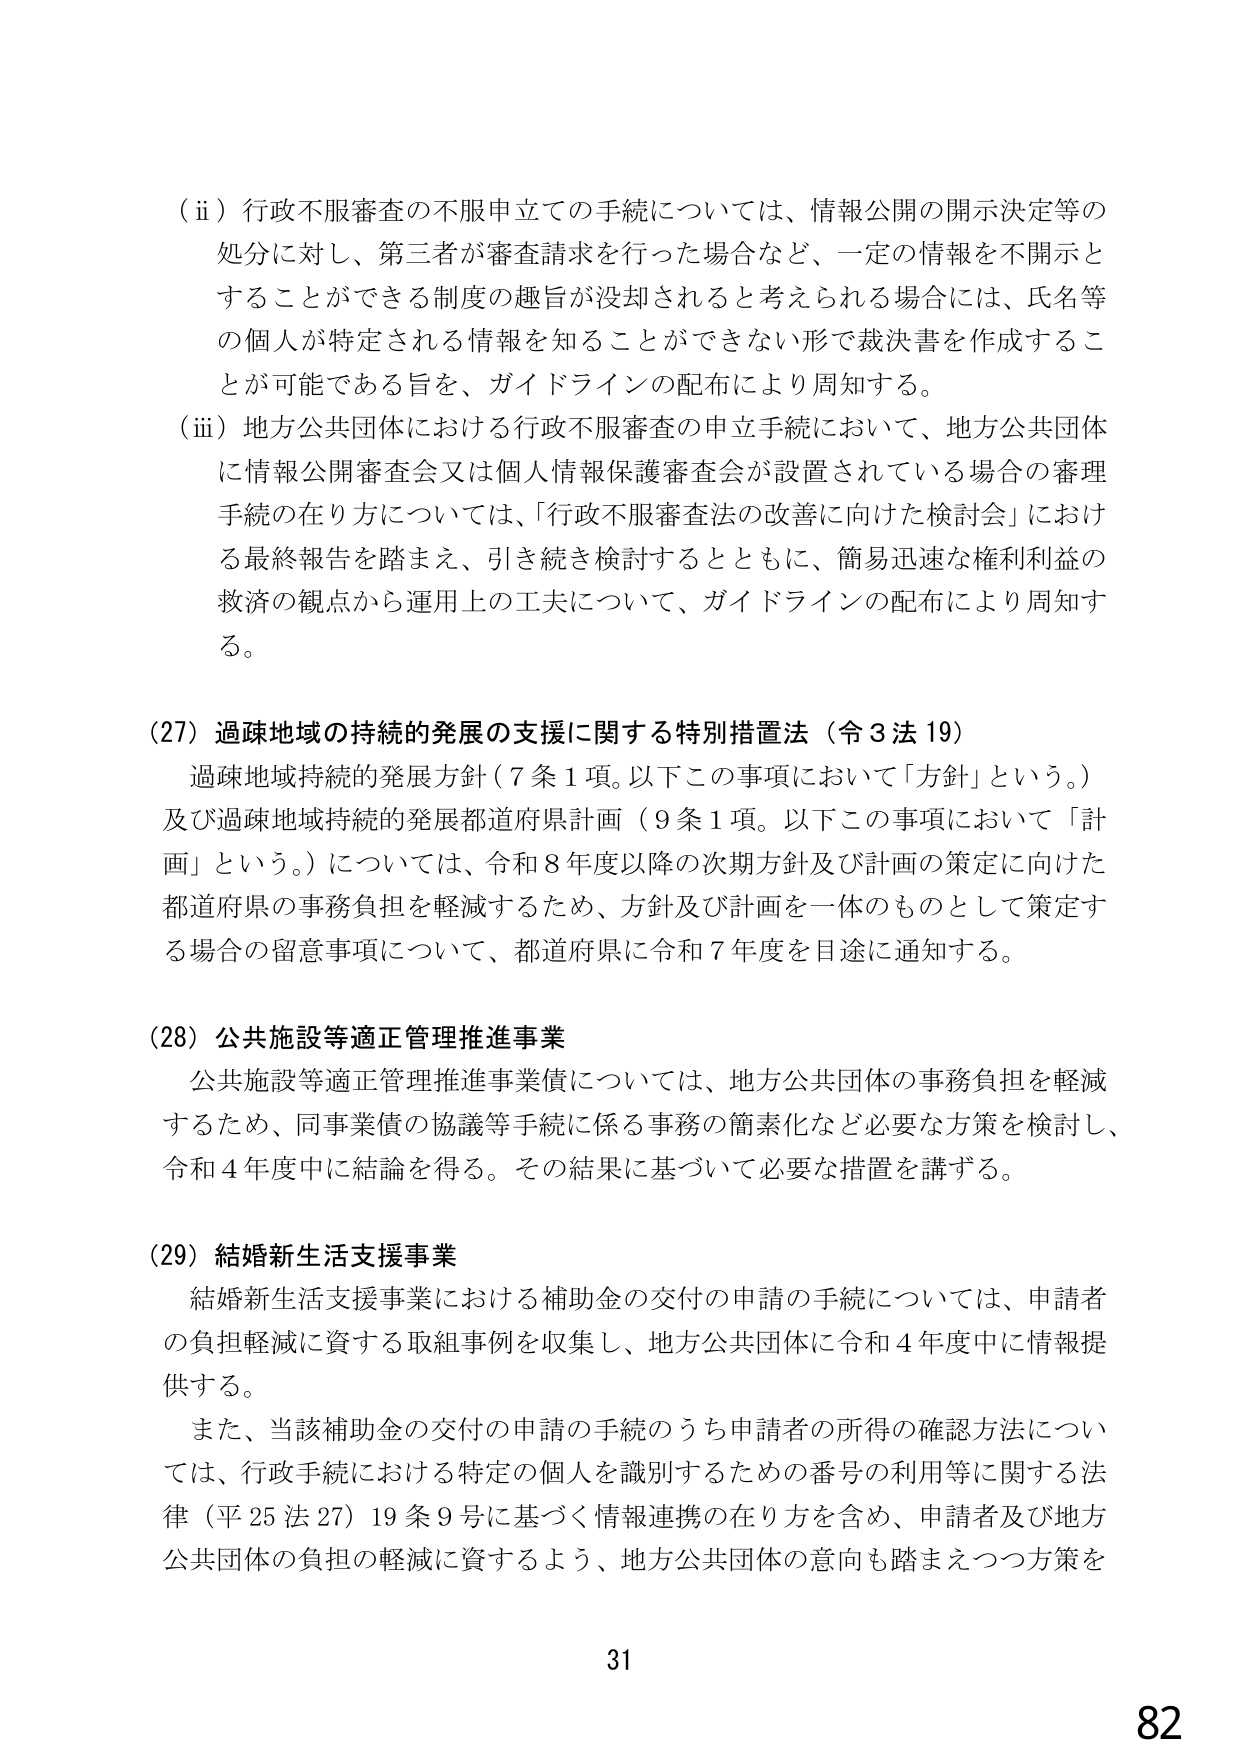
（ii）行政不服審査の不服申立ての手続については、情報公開の開示決定等の処分に対し、第三者が審査請求を行った場合など、一定の情報を不開示とすることができる制度の趣旨が没却されると考えられる場合には、氏名等の個人が特定される情報を知ることができない形で裁決書を作成することが可能である旨を、ガイドラインの配布により周知する。

（iii）地方公共団体における行政不服審査の申立手続において、地方公共団体に情報公開審査会又は個人情報保護審査会が設置されている場合の審理手続の在り方については、「行政不服審査法の改善に向けた検討会」における最終報告を踏まえ、引き続き検討するとともに、簡易迅速な権利利益の救済の観点から運用上の工夫について、ガイドラインの配布により周知する。

（27）過疎地域の持続的発展の支援に関する特別措置法（令3法19）
過疎地域持続的発展方針（7条1項。以下この事項において「方針」という。）及び過疎地域持続的発展都道府県計画（9条1項。以下この事項において「計画」という。）については、令和8年度以降の次期方針及び計画の策定に向けた都道府県の事務負担を軽減するため、方針及び計画を一体のものとして策定する場合の留意事項について、都道府県に令和7年度を目途に通知する。

（28）公共施設等適正管理推進事業
公共施設等適正管理推進事業債については、地方公共団体の事務負担を軽減するため、同事業債の協議等手続に係る事務の簡素化など必要な方策を検討し、令和4年度中に結論を得る。その結果に基づいて必要な措置を講ずる。

（29）結婚新生活支援事業
結婚新生活支援事業における補助金の交付の申請の手続については、申請者の負担軽減に資する取組事例を収集し、地方公共団体に令和4年度中に情報提供する。
また、当該補助金の交付の申請の手続のうち申請者の所得の確認方法については、行政手続における特定の個人を識別するための番号の利用等に関する法律（平25法27）19条9号に基づく情報連携の在り方を含め、申請者及び地方公共団体の負担の軽減に資するよう、地方公共団体の意向も踏まえつつ方策を

31
82